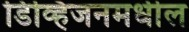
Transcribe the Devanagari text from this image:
डिव्हिजनमधील